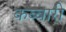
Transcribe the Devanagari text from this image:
कब्बारी